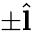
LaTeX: \pm\hat{\textbf{l}}